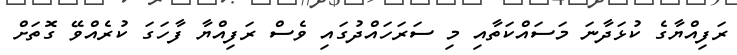
ރަފިއްޔާގެ ކުޅަދާނަ މަސައްކަތާއި މި ސަރަހައްދުގައި ވެސް ރަފިއްޔާ ފާހަގަ ކުރެއްވޭ ގޮތަށް